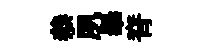
叅夙𦦙脊